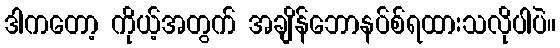
ဒါကတော့ ကိုယ့်အတွက် အချိန်ဘောနပ်စ်ရထားသလိုပါပဲ။